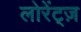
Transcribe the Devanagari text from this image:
लोरेंट्ज़